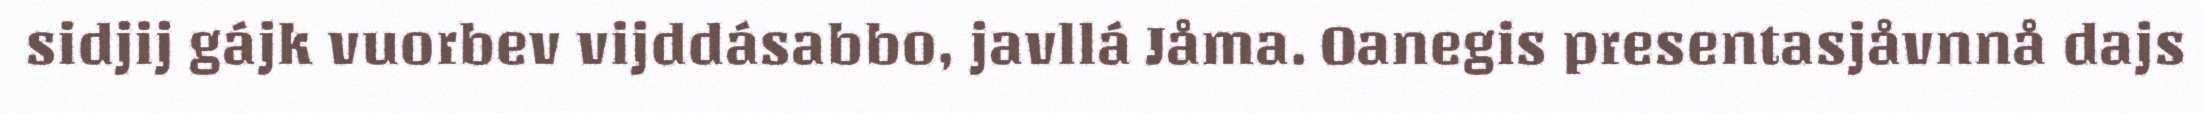
sidjij gájk vuorbev vijddásabbo, javllá Jåma. Oanegis presentasjåvnnå dajs